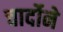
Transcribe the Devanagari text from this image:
चार्दोने